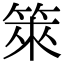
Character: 箂